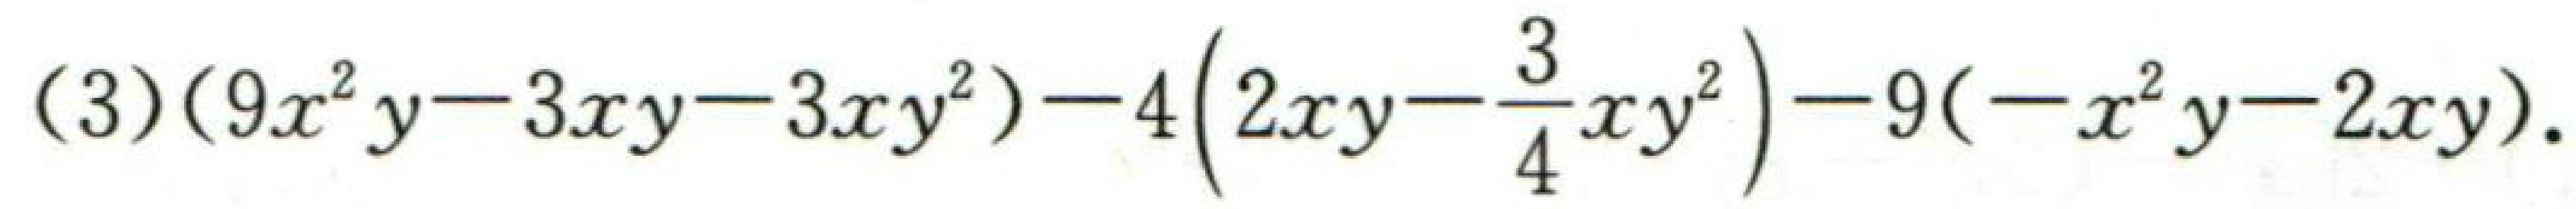
$(3)(9x^{2}y - 3xy - 3xy^{2})-4\left(2xy-\frac{3}{4}xy^{2}\right)-9(-x^{2}y - 2xy).$